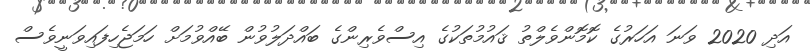
އަދި 2020 ވަނަ އަހަރުގެ ކޮމޮންވެލްތު ޤައުމުތަކުގެ އިސްވެރިންގެ ބައްދަލުވުން ބޭއްވުމަށް ހަމަޖެހިފައިވަނީވެސް